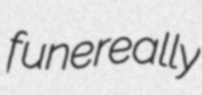
funereally